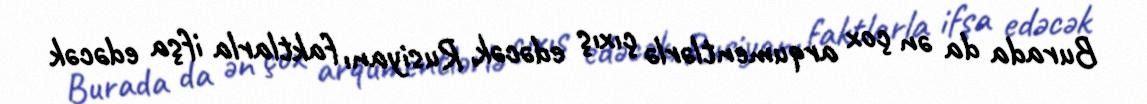
Burada da ən çox arqumentlərlə çıxış edəcək, Rusiyanı faktlarla ifşa edəcək